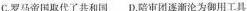
C.罗马帝国取代了共和国D.陪审团逐渐沦为御用工具